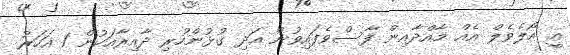
އީ އޯލެވެލް އެއް މާއްދާއިން ފާސްވެފައިވުން އަދި ގުޅުންހުރި ދާއިރާއަކުން 1 އަހަރު